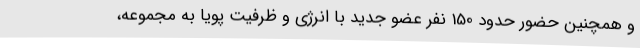
و همچنین حضور حدود 150 نفر عضو جدید با انرژی و ظرفیت پویا به مجموعه،